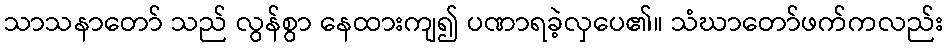
သာသနာတော် သည် လွန်စွာ နေထားကျ၍ ပဏာရခဲ့လှပေ၏။ သံဃာတော်ဖက်ကလည်း